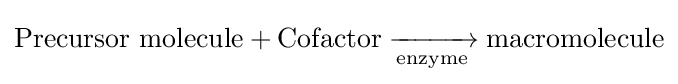
{{{\text{Precursor}}\ {\text{molecule}}}{}+{}{\text{Cofactor}}{}\mathrel {\xrightarrow[{\mathrm {enzyme} }]{}} {}{\text{macromolecule}}}